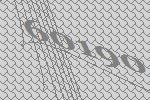
60190